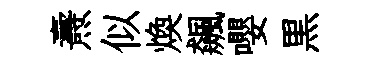
燾似煥飆嚶黒